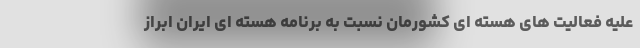
علیه فعالیت های هسته ای کشورمان نسبت به برنامه هسته ای ایران ابراز